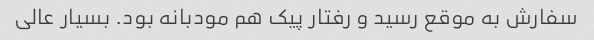
سفارش به موقع رسید و رفتار پیک هم مودبانه بود. بسیار عالی